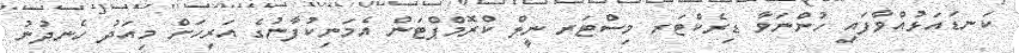
ކަނޑައަޅުއްވާފައި ހުންނަވާ ޑިރެކްޓަރ މިސްޓަރ ނީލް ކްރޮމްޕްޓަން އެމަނިކުފާނުގެ އަރިހަށް މިއަދު ހެނދުނު